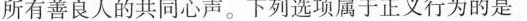
所有善良人的共同心声。下列选项属于正义行为的是